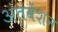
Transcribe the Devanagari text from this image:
अंतवेंशन